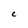
Character: C